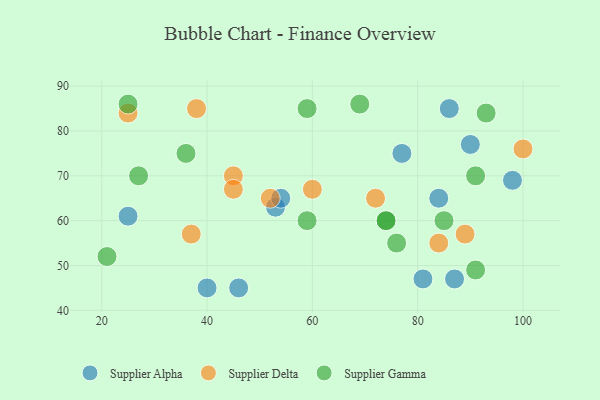
{"axis": {"x": "GDP", "y": "Life Expectancy"}, "legend": ["Supplier Alpha", "Supplier Delta", "Supplier Gamma"], "data": [{"x": "46", "y": 45, "type": "Supplier Alpha"}, {"x": "53", "y": 63, "type": "Supplier Alpha"}, {"x": "86", "y": 85, "type": "Supplier Alpha"}, {"x": "81", "y": 47, "type": "Supplier Alpha"}, {"x": "54", "y": 65, "type": "Supplier Alpha"}, {"x": "40", "y": 45, "type": "Supplier Alpha"}, {"x": "77", "y": 75, "type": "Supplier Alpha"}, {"x": "90", "y": 77, "type": "Supplier Alpha"}, {"x": "98", "y": 69, "type": "Supplier Alpha"}, {"x": "84", "y": 65, "type": "Supplier Alpha"}, {"x": "25", "y": 61, "type": "Supplier Alpha"}, {"x": "87", "y": 47, "type": "Supplier Alpha"}, {"x": "52", "y": 65, "type": "Supplier Delta"}, {"x": "72", "y": 65, "type": "Supplier Delta"}, {"x": "100", "y": 76, "type": "Supplier Delta"}, {"x": "84", "y": 55, "type": "Supplier Delta"}, {"x": "37", "y": 57, "type": "Supplier Delta"}, {"x": "25", "y": 84, "type": "Supplier Delta"}, {"x": "45", "y": 70, "type": "Supplier Delta"}, {"x": "45", "y": 67, "type": "Supplier Delta"}, {"x": "89", "y": 57, "type": "Supplier Delta"}, {"x": "60", "y": 67, "type": "Supplier Delta"}, {"x": "38", "y": 85, "type": "Supplier Delta"}, {"x": "25", "y": 86, "type": "Supplier Gamma"}, {"x": "91", "y": 49, "type": "Supplier Gamma"}, {"x": "74", "y": 60, "type": "Supplier Gamma"}, {"x": "85", "y": 60, "type": "Supplier Gamma"}, {"x": "27", "y": 70, "type": "Supplier Gamma"}, {"x": "76", "y": 55, "type": "Supplier Gamma"}, {"x": "93", "y": 84, "type": "Supplier Gamma"}, {"x": "21", "y": 52, "type": "Supplier Gamma"}, {"x": "59", "y": 60, "type": "Supplier Gamma"}, {"x": "91", "y": 70, "type": "Supplier Gamma"}, {"x": "69", "y": 86, "type": "Supplier Gamma"}, {"x": "59", "y": 85, "type": "Supplier Gamma"}, {"x": "36", "y": 75, "type": "Supplier Gamma"}, {"x": "74", "y": 60, "type": "Supplier Gamma"}]}